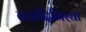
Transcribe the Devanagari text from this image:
व्लादिमिरचा